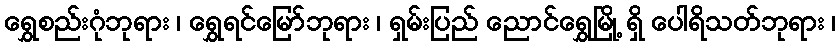
ရွှေစည်းဂုံဘုရား ၊ ရွှေရင်မြော်ဘုရား ၊ ရှမ်းပြည် ညောင်ရွှေမြို့ ရှိ ပေါရိသတ်ဘုရား ၊